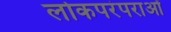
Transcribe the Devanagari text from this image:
लोकपरंपराओं